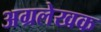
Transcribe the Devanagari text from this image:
अग्रलेखक